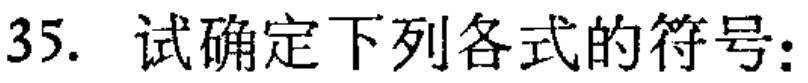
35. 试确定下列各式的符号：